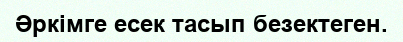
Әркімге есек тасып безектеген.